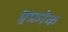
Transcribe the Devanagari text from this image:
प्रुफ्रोक